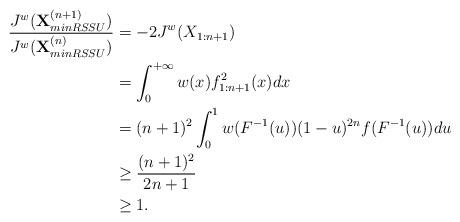
LaTeX: \begin{align*}\frac{J^w(\textbf{X}_{minRSSU}^{(n+1)})}{J^w(\textbf{X}_{minRSSU}^{(n)})}&=-2J^w(X_{1:n+1})\\&=\int_{0}^{+\infty} w(x) f^2_{1:n+1}(x)dx \\&= (n+1)^2 \int_{0}^{1} w(F^{-1}(u)) (1-u)^{2n} f(F^{-1}(u))du \\& \geq \frac{(n+1)^2}{2n+1} \\& \geq 1.\end{align*}